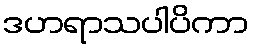
ဒဟရာသပါပိကာ